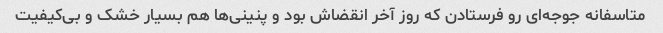
متاسفانه جوجه‌ای رو فرستادن که روز آخر انقضاش بود و پنینی‌ها هم بسیار خشک و بی‌کیفیت